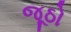
જૂઠો